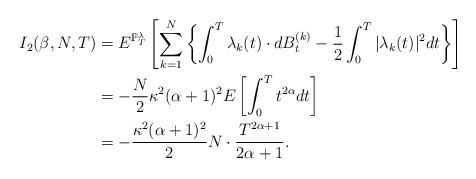
LaTeX: \begin{align*} I_2(\beta, N, T)&= E^{\mathbb{P}_T^\lambda}\left[\sum_{k=1}^{N}\left\{\int_{0}^{T}\lambda_k(t)\cdot dB^{(k)}_t -\frac{1}{2}\int_{0}^{T}|\lambda_k(t)|^2dt\right\}\right] \\&= -\frac{N}{2}\kappa^2(\alpha+1)^2E\left[\int_{0}^{T}t^{2\alpha}dt\right] \\&= -\frac{\kappa^2(\alpha+1)^2}{2}N\cdot\frac{T^{2\alpha+1}}{2\alpha+1}.\end{align*}